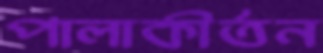
পালাকীর্তন